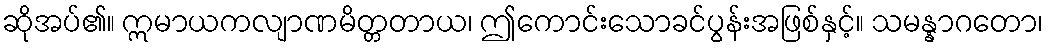
ဆိုအပ်၏။ ဣမာယကလျာဏမိတ္တတာယ၊ ဤကောင်းသောခင်ပွန်းအဖြစ်နှင့်။ သမန္နာဂတော၊